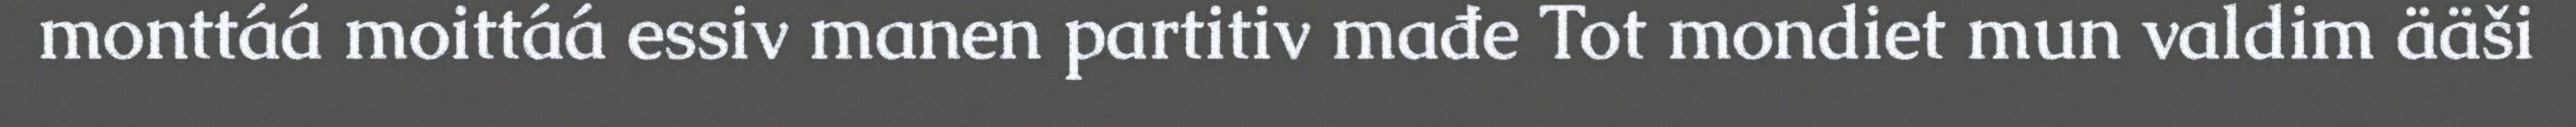
monttáá moittáá essiv manen partitiv mađe Tot mondiet mun valdim ääši